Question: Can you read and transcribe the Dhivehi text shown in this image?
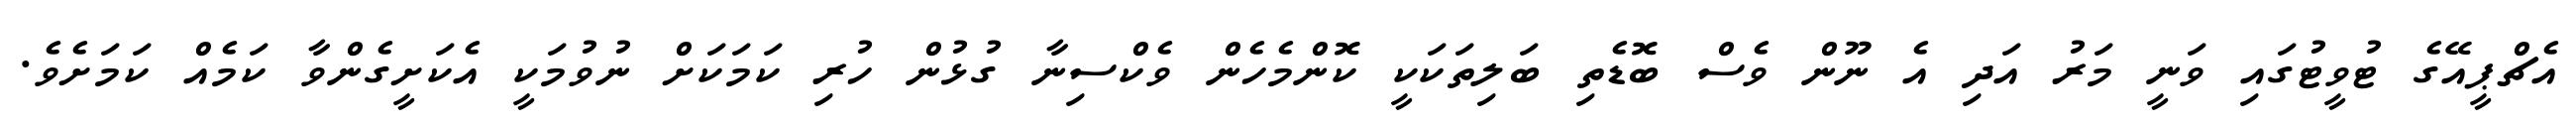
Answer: އެޗްޕީއޭގެ ޓުވީޓުގައި ވަނީ މަރު އަދި އެ ނޫން ވެސް ބޮޑެތި ބަލިތަކަކީ ކޮންމެހެން ވެކްސިނާ ގުޅުން ހުރި ކަމަކަށް ނުވުމަކީ އެކަށީގެންވާ ކަމެއް ކަމަށެވެ.